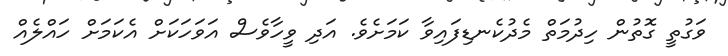
ވަގުތީ ގޮތުން ހިދުމަތް މެދުކެނޑިފައިވާ ކަމަށެވެ. އަދި ވީހާވެސް އަވަހަކަށް އެކަމަށް ހައްލެއް